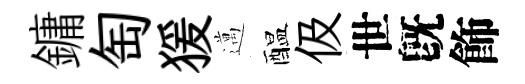
鏞匋猨邁醖伋世旣飾